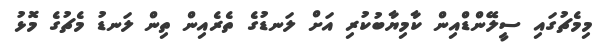
މިމެޗުގައި ސީލޭންޑްއިން ކާމިޔާބުކުރި އަށް ލަނޑުގެ ތެރެއިން ތިން ލަނޑު މެޗުގެ މޮޅު